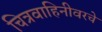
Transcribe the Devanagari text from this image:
चित्रवाहिनीवरचे